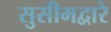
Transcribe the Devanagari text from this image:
सुसीमद्वारे